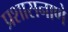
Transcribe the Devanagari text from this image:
प्रशासनाणे